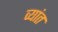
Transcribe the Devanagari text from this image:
व्यांत